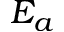
E _ { a }